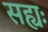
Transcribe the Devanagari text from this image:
सह्यः